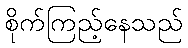
စိုက်ကြည့်နေသည်